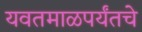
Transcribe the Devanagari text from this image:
यवतमाळपर्यंतचे